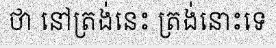
ថា នៅត្រង់នេះ ត្រង់នោះទេ